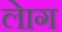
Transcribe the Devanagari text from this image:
लेाग